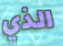
الذي